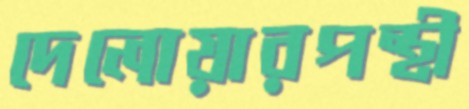
দেলোয়ারপন্থী